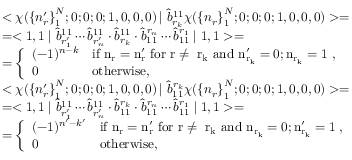
\begin{array} { l } { { < \chi ( { \{ n _ { r } ^ { \prime } \} } _ { 1 } ^ { N } ; 0 ; 0 ; 0 ; 1 , 0 , 0 , 0 ) \left| \right. \hat { b } _ { r _ { k } } ^ { 1 1 } \chi ( { \{ n _ { r } \} } _ { 1 } ^ { N } ; 0 ; 0 ; 0 ; 1 , 0 , 0 , 0 ) > = } } \\ { { = < 1 , 1 \mid \hat { b } _ { r _ { 1 } ^ { \prime } } ^ { 1 1 } \cdots \hat { b } _ { r _ { n } ^ { \prime } } ^ { 1 1 } \cdot \hat { b } _ { r _ { k } } ^ { 1 1 } \cdot \hat { b } _ { 1 1 } ^ { r _ { n } } \cdots \hat { b } _ { 1 1 } ^ { r _ { 1 } } \mid 1 , 1 > = } } \\ { { = \left\{ \begin{array} { l l } { { ( - 1 ) ^ { n - k } } } & { { \mathrm { i f ~ n _ { r } = n _ { r } ^ { \prime } ~ f o r ~ r \neq ~ r _ { k } ~ a n d ~ n _ { r _ { k } } ^ { \prime } = 0 ; n _ { r _ { k } } = 1 ~ } , } } \\ { { 0 } } & { { \mathrm { o t h e r w i s e } , } } \end{array} \right. } } \\ { { < \chi ( { \{ n _ { r } ^ { \prime } \} } _ { 1 } ^ { N } ; 0 ; 0 ; 0 ; 1 , 0 , 0 , 0 ) \left| \right. \hat { b } _ { 1 1 } ^ { r _ { k } } \chi ( { \{ n _ { r } \} } _ { 1 } ^ { N } ; 0 ; 0 ; 0 ; 1 , 0 , 0 , 0 ) > = } } \\ { { = < 1 , 1 \mid \hat { b } _ { r _ { 1 } ^ { \prime } } ^ { 1 1 } \cdots \hat { b } _ { r _ { n } ^ { \prime } } ^ { 1 1 } \cdot \hat { b } _ { 1 1 } ^ { r _ { k } } \cdot \hat { b } _ { 1 1 } ^ { r _ { n } } \cdots \hat { b } _ { 1 1 } ^ { r _ { 1 } } \mid 1 , 1 > = } } \\ { { = \left\{ \begin{array} { l l } { { ( - 1 ) ^ { n ^ { \prime } - k ^ { \prime } } } } & { { \mathrm { i f ~ n _ { r } = n _ { r } ^ { \prime } ~ f o r ~ r \neq ~ r _ { k } ~ a n d ~ n _ { r _ { k } } = 0 ; n _ { r _ { k } } ^ { \prime } = 1 ~ } , } } \\ { { 0 } } & { { \mathrm { o t h e r w i s e } , } } \end{array} \right. } } \end{array}